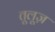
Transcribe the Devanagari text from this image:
तूलूज़